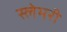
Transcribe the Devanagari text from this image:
स्लेमरी